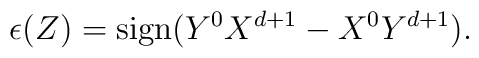
\epsilon(Z) =  \mbox{sign}  (Y^0 X^{d+1}- X^0 Y^{d+1}).